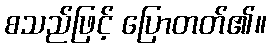
စသည်ဖြင့် ပြောတတ်၏။